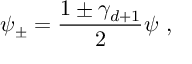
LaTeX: \psi _ { \pm } = \frac { 1 \pm \gamma _ { d + 1 } } { 2 } \psi \, \, ,